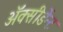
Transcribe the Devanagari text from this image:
अॅक्सीडेंन्ट